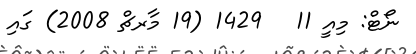
ނޯޓް: މިއީ 11   1429 (19 މާރޗް 2008) ގައި